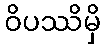
ဝိပဿိမှိ